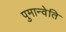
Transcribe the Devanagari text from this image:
पुमान्वेति